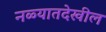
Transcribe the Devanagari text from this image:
नळ्यातदेखील